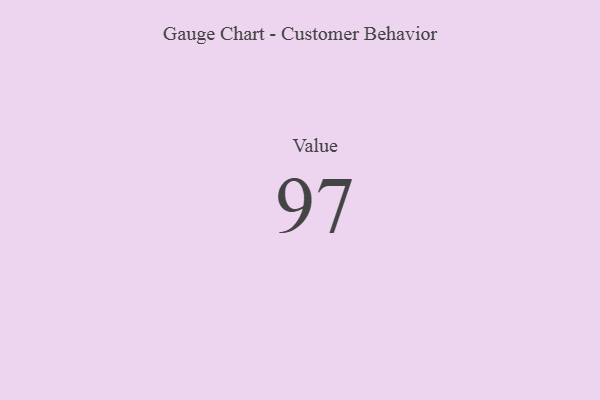
{"axis": {"x": "Metric", "y": "Value"}, "legend": [""], "data": [{"x": "Value", "y": 97, "type": ""}]}